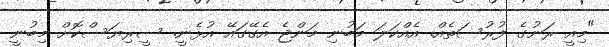
"މިއީ ރަނުގެ ފުރުސަތެއް. އެއްކަލަ މަބުނި މަންޖެ އެގޭގައޭ އުޅެނީ. ސީރިޔަސްކޮށް މިބުނީ